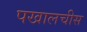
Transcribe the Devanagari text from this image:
पखालचीस